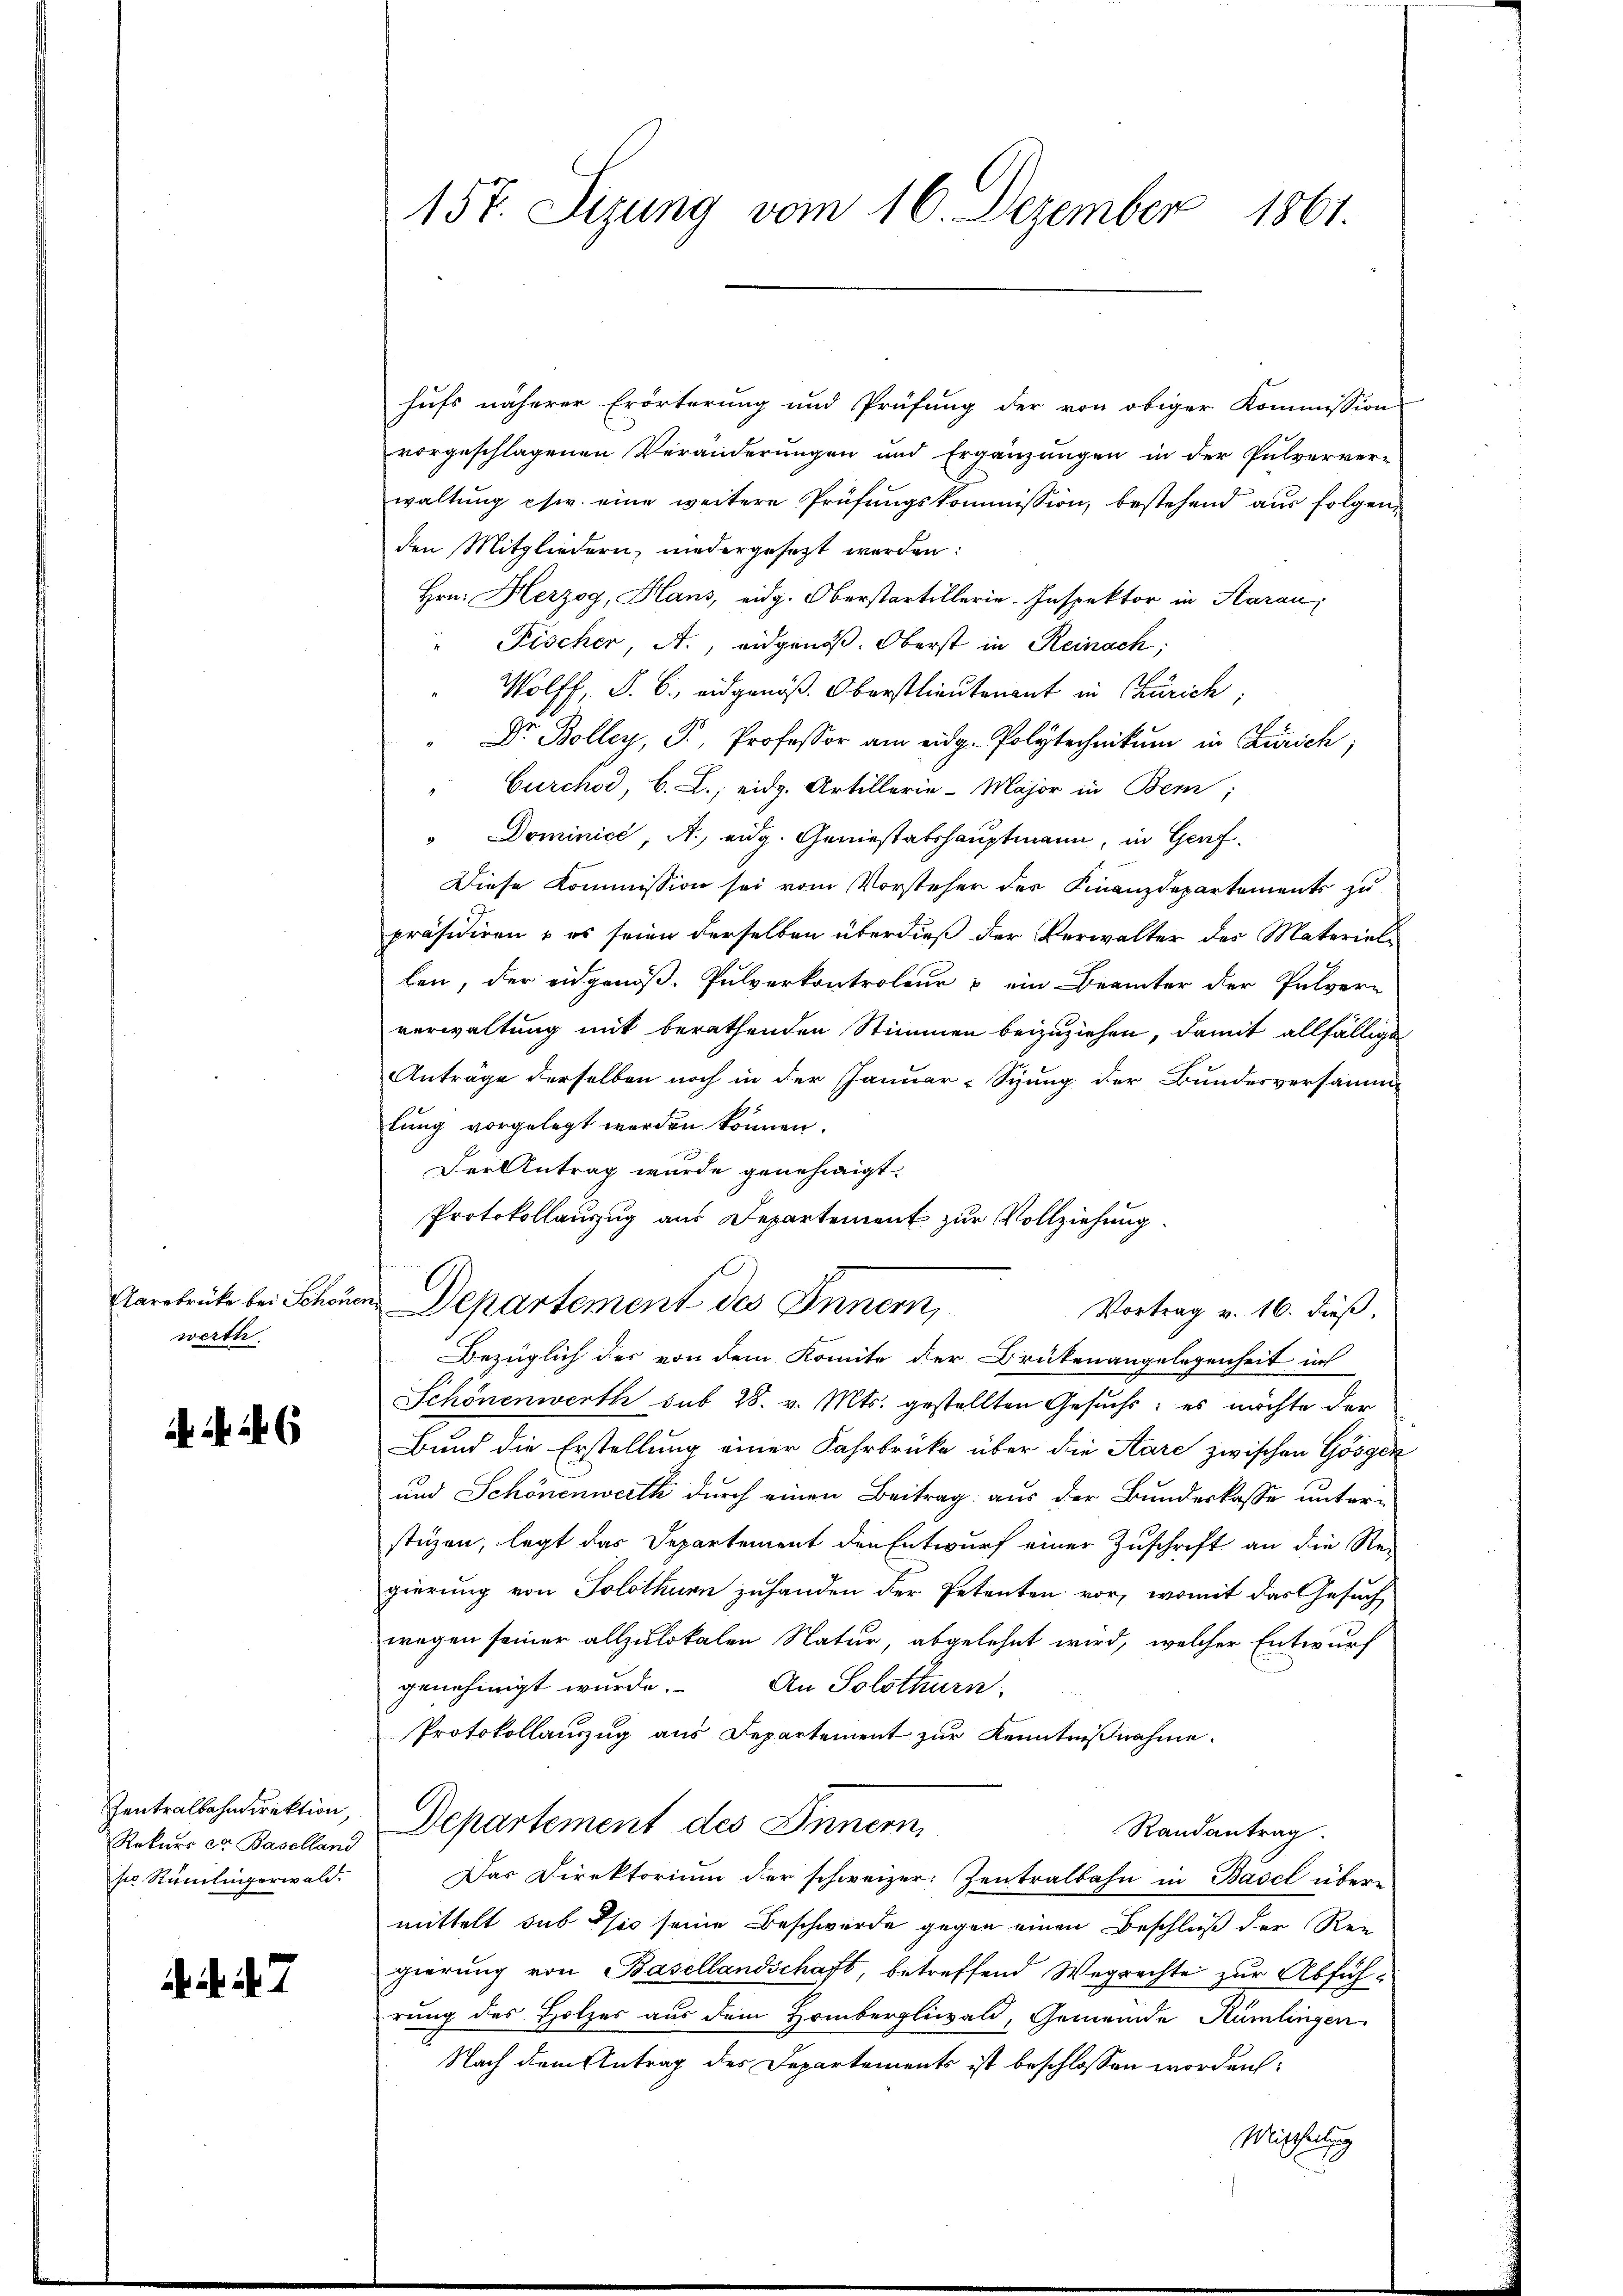
Aarebrücke bei Schöne
werth

Zentralbahndirektion
Rekurs et Baselland
so Rumlingerwald.

. . 7

15t. Sizung vom 16. Dezember 1861.

hufs näherer Erörterung und Prüfung der von obiger Kommission
vorgeschlagenen Veränderungen und Ergänzungen in der Pulverver-
waltung chir. eine weitere Prüfungskommission, bestehend aus folgend
den Mitgliedern, niedergesezt werden:
Hrn. Herzog, Haus, eidg. Oberstartillerie-Inspektor in Aarau,
" Fischer, A., eidgenöß. Oberst in Reinach;
Wolff, P. C. eidgenöß. Oberstlieutenant in Zürich,
Dr. Bolley, P. Professor am eidg. Polytechnikum in Zürich;
Curchod, B. L., eidg. Artillerie-Major in Bern,
" Dominici, A. eidg. Geniestatshauptmann, in Genf¬
Diese Kommission sei vom Vorsteher der Finanzdepartements zu
präsidiren & es seien derselben überdieß der Verwalter des Materieli
ben, der eidgenöß. Pulverkontroleur & ein Beamter der Pulver-
verwaltung mit berathenden Stimmen beizuziehen, damit allfällige
Anträge derselben noch in der Januar-Syung der Bundesversamm-
lung vorgelegt werden können.
Der Antrag wurde genehmigt.
Protokollauszug aus Departement zur Vollziehung.
12
Departement des Inner,
Vortrag v. 16. dieß,
Bezüglich des von dem Komite der Drukenangelegenheit ih
Schönenwerth sub 28. v. Mts. gestellten Gesuchs, es möchte der
Bund die Erstellung einer Fahrbrücke über die Stare zwischen Gösgen
und Schönenwerth durch einen Beitrag aus der Bundeskasse unter-
stizen, legt das Departement den Entwurf einer Zuschrift an die Re-
gierung von Solothurn zuhanden der Petenten vor, womit das Gesuch
wegen seiner allzulokalen Natur, abgelehnt wird, welcher Entwurf
genehmigt wurde.
An Solothurn.
Protokollauszug aus Departement zur Kenntnißnahme.
Departement des Innern
Randantrag.
Das Direktorium der schweizer. Zentralbahn in Basel übere
mittelt sub sie seine Beschwerde gegen einen Beschluß der Reg
gierung von Basellandschaft, betreffend Wegrechte zur Abführung des Holzes aus dem Hombergliwald, Gemeinde Rümlingen
Nach dem Antrag des Departements ist beschlossen worden:
Mischeilung